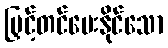
မြှင့်တင်ပေးနိုင်သော